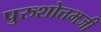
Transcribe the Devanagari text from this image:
पुरुशोत्तमजी